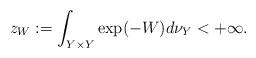
LaTeX: \begin{align*} z_W := \int_{Y \times Y} \exp(-W) d\nu_Y < +\infty.\end{align*}